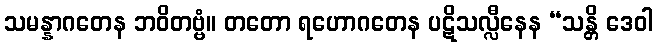
သမန္နာဂတေန ဘဝိတဗ္ဗံ။ တတော ရဟောဂတေန ပဋိသလ္လီနေန “သန္တိ ဒေဝါ